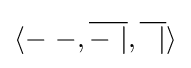
\langle -\ -,{\overline {-\ |}},{\overline {\ \ |}}\rangle